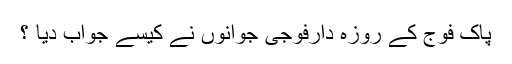
پاک فوج کے روزہ دارفوجی جوانوں نے کیسے جواب دیا ؟